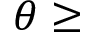
\theta \geq